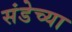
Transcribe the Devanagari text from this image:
संडेच्या